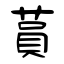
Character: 蒷